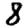
Digit: 8